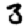
Digit: 3